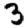
Digit: 3